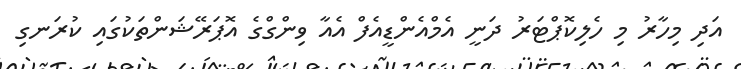
އަދި މިހާރު މި ހެލިކޮޕްޓަރު ދަނީ އެމްއެންޑީއެފް އެއާ ވިންގްގެ އޮޕަރޭޝަންތަކުގައި ކުރަނގި